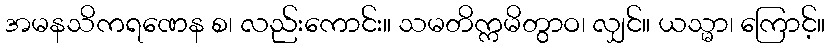
အမနသိကရဏေန စ၊ လည်းကောင်း။ သမတိက္ကမိတွာဝ၊ လျှင်။ ယသ္မာ၊ ကြောင့်။